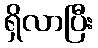
ရှိလာပြီး